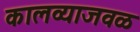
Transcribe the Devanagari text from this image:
कालव्याजवळ